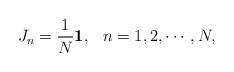
LaTeX: \begin{align*}J_n=\frac{1}{N}\mbox{\boldmath$1$},\hspace{3mm}n=1,2,\cdots,N,\end{align*}